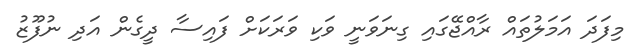
މިފަދަ އަމަލުތައް ރާއްޖޭގައި ގިނަވަނީ ވަކި ވަރަކަށް ފައިސާ ދީގެން އަދި ނުފޫޒު